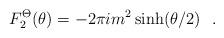
LaTeX: \begin{align*}F_{2}^{\Theta }(\theta )=-2\pi im^{2}\sinh (\theta /2)\,\,\,\,.\end{align*}